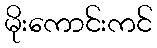
မိုးကောင်းကင်